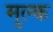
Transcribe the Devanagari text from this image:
मुल्‍क